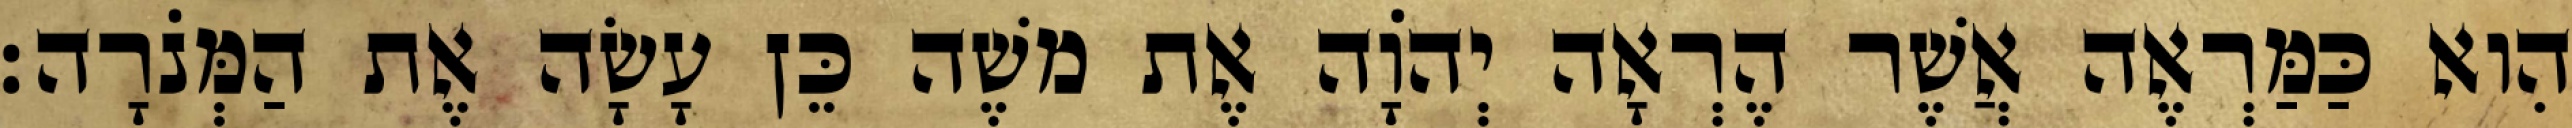
הִוא כַּמַּרְאֶה אֲשֶׁר הֶרְאָה יְהוָֹה אֶת משֶׁה כֵּן עָשָׂה אֶת הַמְּנֹרָה׃